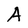
Character: A